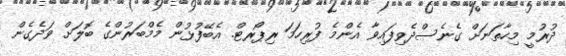
ދުރުމީ މިހާތަނަށް ގެނެސްދެވިފައިވާ އެންމެ ފުރިހަމަ ރިޕޯރޓް. އެބޭފުޅުން މެމްބަރުންގެ ބޮލަށް ވަދެގެން